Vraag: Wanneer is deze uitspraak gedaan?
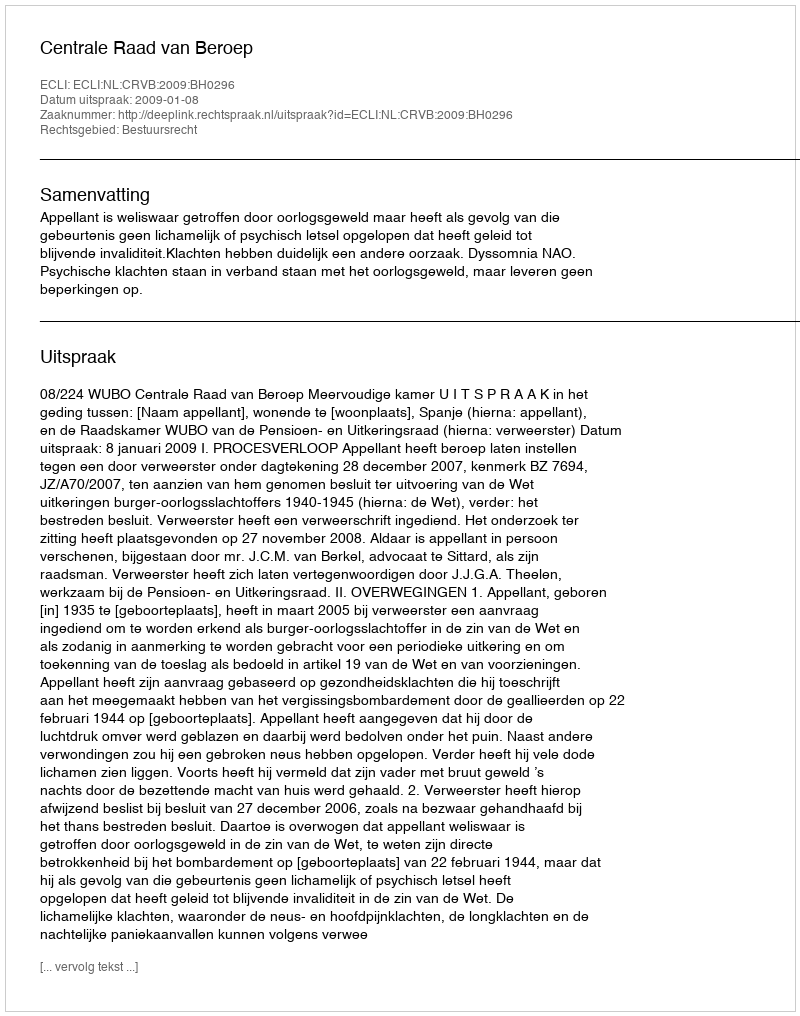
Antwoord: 2009-01-08